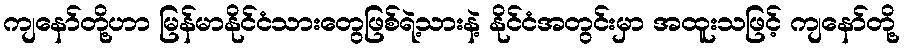
ကျနော်တို့ဟာ မြန်မာနိုင်ငံသားတွေဖြစ်ရဲ့သားနဲ့ နိုင်ငံအတွင်းမှာ အထူးသဖြင့် ကျနော်တို့